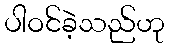
ပါဝင်ခဲ့သည်ဟု